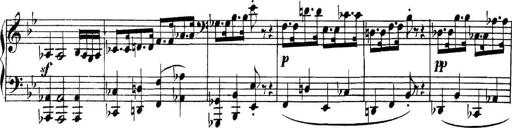
Title: Collected Piano Sonatas
Composer: Muzio Clementi